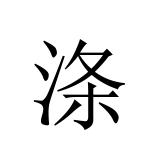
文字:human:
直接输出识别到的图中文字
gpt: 涤